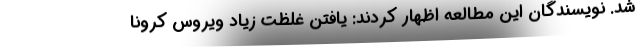
شد. نویسندگان این مطالعه اظهار کردند: یافتن غلظت زیاد ویروس کرونا